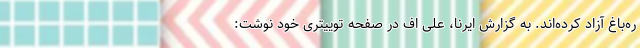
ره‌باغ آزاد کرده‌اند. به گزارش ایرنا، علی اف در صفحه توییتری خود نوشت: